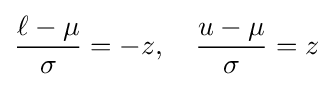
{\frac {\ell -\mu }{\sigma }}=-z,\quad {\frac {u-\mu }{\sigma }}=z